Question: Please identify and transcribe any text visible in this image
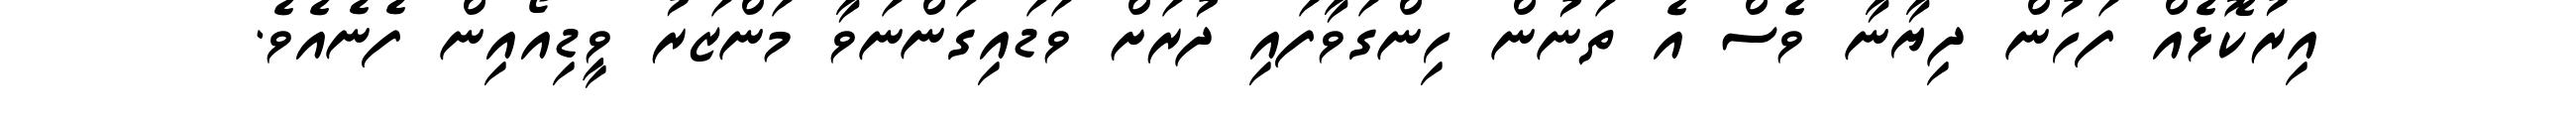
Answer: އިރުކޮޅެއް ފަހުން ދިޔާނާ ވެސް އެ ތަނުން ހިންގަވާފައި ދުރަށް ވަޑައިގަންނަވާ މަންޒަރު ވީޑިއޯއިން ފެނެއެވެ.